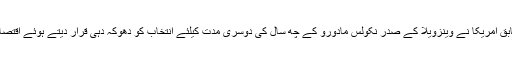
غیر ملکی میڈیاکے مطابق امریکا نے وینزویلا کے صدر نکولس مادورو کے چھ سال کی دوسری مدت کیلئے انتخاب کو دھوکہ دہی قرار دیتے ہوئے اقتصادی پابندیاں لگا دی ہیں۔